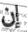
إن